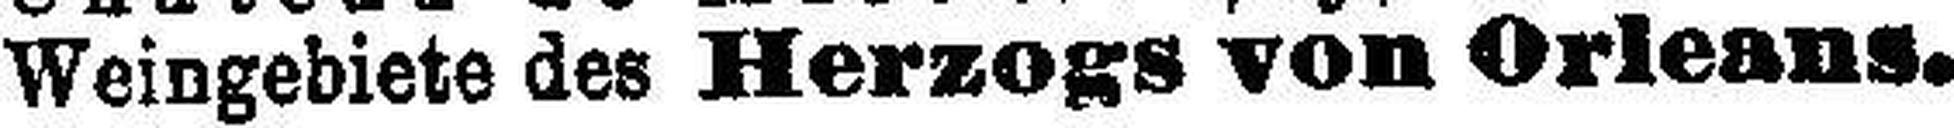
Weingebiete des Herzogs von Orleans.